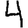
Digit: 4